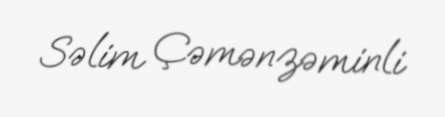
Səlim Çəmənzəminli